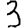
Digit: 3